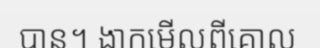
បាន។ ងាកមើលពីគោល